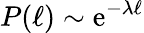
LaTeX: P(\ell)\sim\mathrm{e}^{-\lambda\ell}